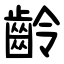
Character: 齡